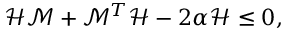
\mathcal { H } \mathcal { M } + \mathcal { M } ^ { T } \mathcal { H } - 2 \alpha \mathcal { H } \leq 0 ,